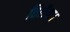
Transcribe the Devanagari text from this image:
तिलैया।